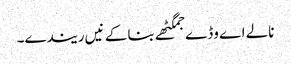
نالے اے وڈے جمگٹھے بنا کے نیں ریندے۔